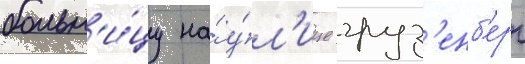
больн'и́цу на́ у́л'ице груз'енб'ерг